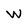
Character: W